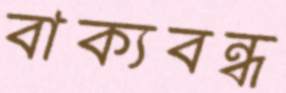
বাক্যবন্ধ